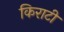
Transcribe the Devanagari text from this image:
किराटी